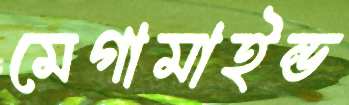
মেগামাইন্ড